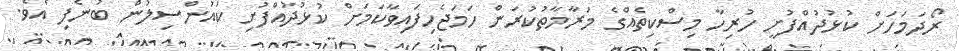
ރޯދަމަހަށް ކުޅުދުއްފުށީ ހުރިހާ މިސްކިތެއްގެ މަރާމާތުކުރަން ހަމަޖެހިފައިވާކަމަށް ކުޅުދުއްފުށި ކައުންސިލުން ބުނެފި އެވެ.